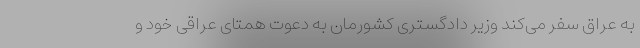
به عراق سفر می‌کند وزیر دادگستری کشورمان به دعوت همتای عراقی خود و